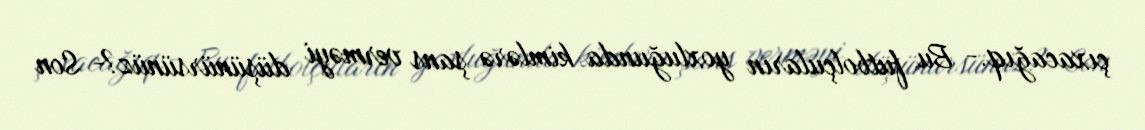
çıxacağıq.- Bu futbolçuların yoxluğunda kimlərə şans verməyi düşünürsünüz?- Son